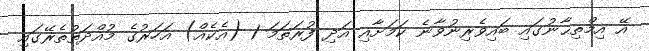
އޭ އިމްތިޙާނުގައި ބައިވެރިނުވާނެ ކަމަށާއި އަދި ފުރަތަމަ 1 (އެކެއް) އަހަރުގެ މުއްދަތުތެރޭގައި